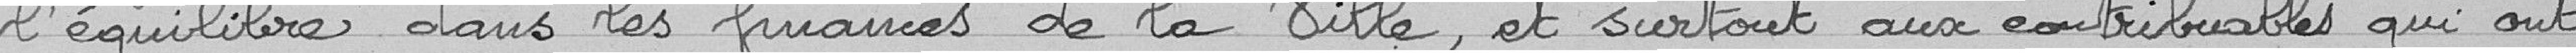
l'équilibre dans les finances de la Ville , et surtout aux contribuables qui ont